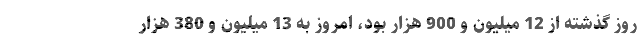
روز گذشته از 12 میلیون و 900 هزار بود، امروز به 13 میلیون و 380 هزار